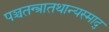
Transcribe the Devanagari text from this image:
पञ्चतन्त्रातथान्यस्माद्